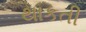
થાકતી